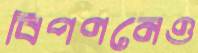
বিপণনেও